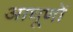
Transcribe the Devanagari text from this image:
आघूणों